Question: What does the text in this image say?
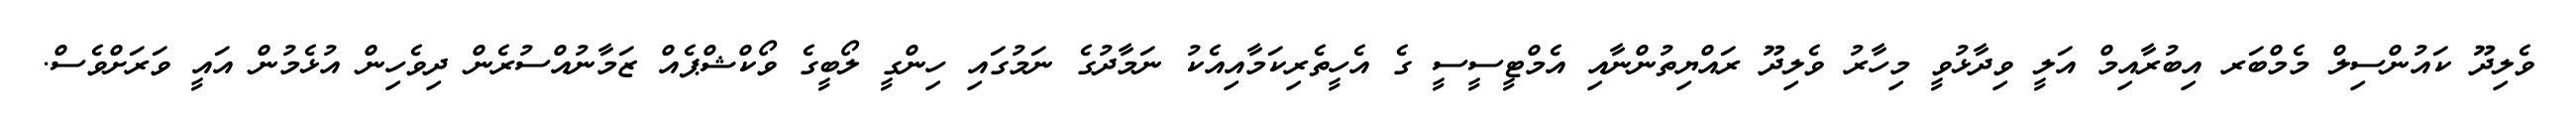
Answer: ވެލިދޫ ކައުންސިލް މެމްބަރ އިބުރާއިމް އަލީ ވިދާޅުވީ މިހާރު ވެލިދޫ ރައްޔިތުންނާއި އެމްޓީސީސީ ގެ އެހީތެރިކަމާއިއެކު ނަމާދުގެ ނަމުގައި ހިންގީ ލޯބީގެ ވޯކްޝްޕެއް ޒަމާނުއްސުރެން ދިވެހިން އުޅެމުން އައީ ވަރަށްވެސް.